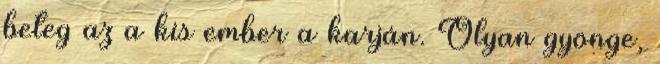
beteg az a kis ember a karján. Olyan gyönge,